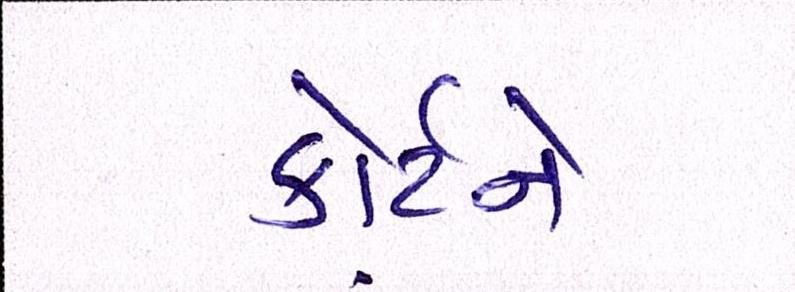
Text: કોર્ટને